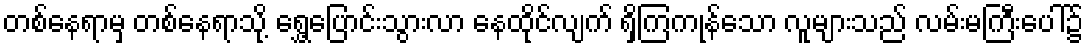
တစ်နေရာမှ တစ်နေရာသို့ ရွှေ့ပြောင်းသွားလာ နေထိုင်လျက် ရှိကြကုန်သော လူများသည် လမ်းမကြီးပေါ်၌